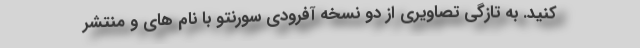
کنید. به تازگی تصاویری از دو نسخه آفرودی سورنتو با نام های و منتشر